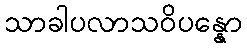
သာခါပလာသဝိပန္နော